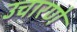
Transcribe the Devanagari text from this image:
उचारणे